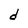
Character: d